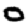
Digit: 0